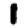
Digit: 1